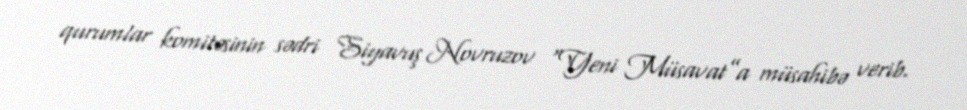
qurumlar komitəsinin sədri Siyavuş Novruzov “Yeni Müsavat”a müsahibə verib.